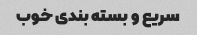
سریع و بسته بندی خوب